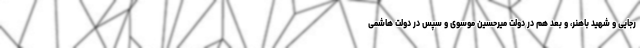
رجایی و شهید باهنر، و بعد هم در دولت میرحسین موسوی و سپس در دولت هاشمی